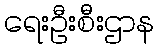
ရေးဦးစီးဌာန